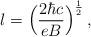
LaTeX: \begin{align*}l=\Big({2\hbar c\over eB}\Big)^{1\over 2}\,,\end{align*}